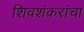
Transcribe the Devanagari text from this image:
शिवशंकरांचा